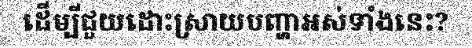
ដើម្បីជួយដោះស្រាយបញ្ហាអស់ទាំងនេះ?